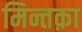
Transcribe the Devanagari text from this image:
मिन्तक़ा